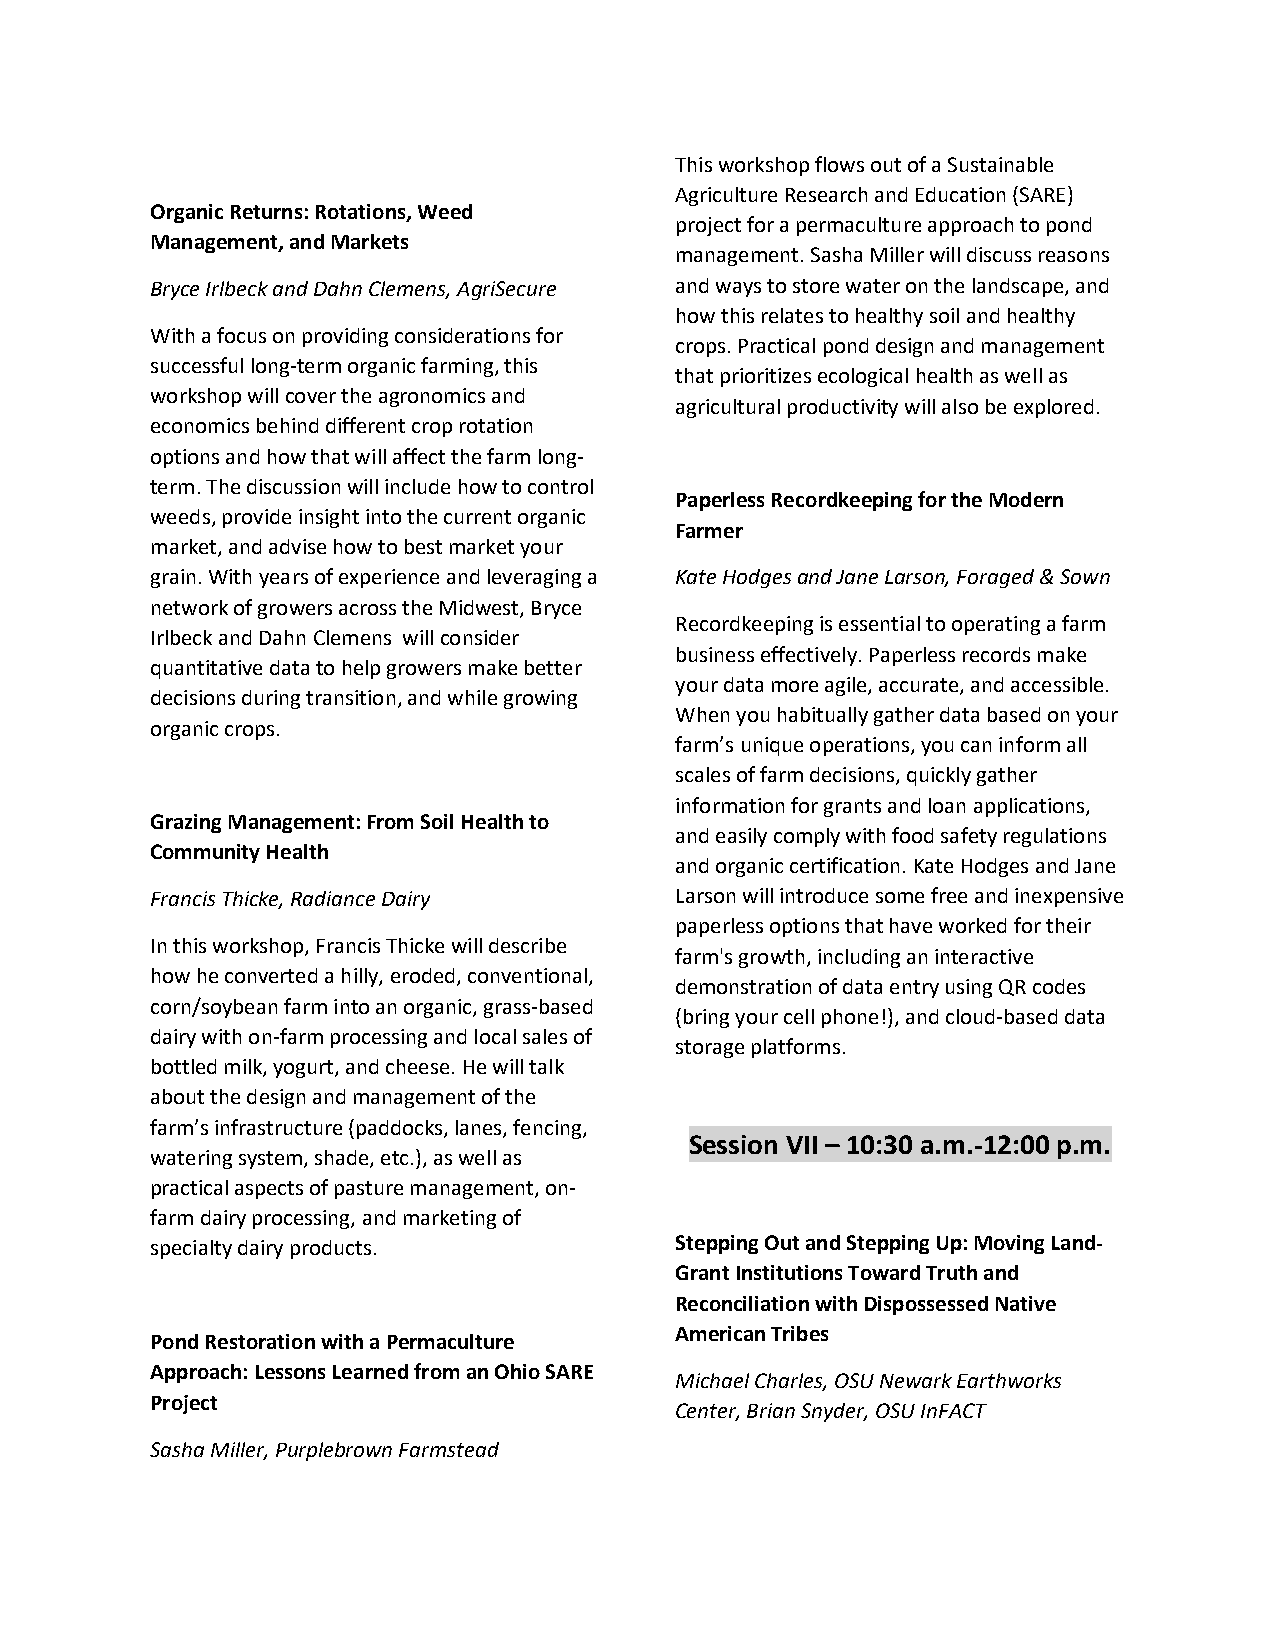
This workshop flows out of a Sustainable
 Agriculture Research and Education (SARE)
 Organic Returns: Rotations, Weed
 project for a permaculture approach to pond
 Management, and Markets
 management. Sasha Miller will discuss reasons
 Bryce Irlbeck and Dahn Clemens, AgriSecure and ways to store water on the landscape, and
 how this relates to healthy soil and healthy
 With a focus on providing considerations for
 crops. Practical pond design and management
 successful long-term organic farming, this
 that prioritizes ecological health as well as
 workshop will cover the agronomics and
 agricultural productivity will also be explored.
 economics behind different crop rotation
 options and how that will affect the farm long-
 term. The discussion will include how to control
 Paperless Recordkeeping for the Modern
 weeds, provide insight into the current organic
 Farmer
 market, and advise how to best market your
 grain. With years of experience and leveraging a Kate Hodges and Jane Larson, Foraged & Sown
 network of growers across the Midwest, Bryce
 Recordkeeping is essential to operating a farm
 Irlbeck and Dahn Clemens will consider
 business effectively. Paperless records make
 quantitative data to help growers make better
 your data more agile, accurate, and accessible.
 decisions during transition, and while growing
 When you habitually gather data based on your
 organic crops.
 farm’s unique operations, you can inform all
 scales of farm decisions, quickly gather
 information for grants and loan applications,
 Grazing Management: From Soil Health to
 and easily comply with food safety regulations
 Community Health
 and organic certification. Kate Hodges and Jane
 Francis Thicke, Radiance Dairy     Larson will introduce some free and inexpensive
 paperless options that have worked for their
 In this workshop, Francis Thicke will describe
 farm's growth, including an interactive
 how he converted a hilly, eroded, conventional,
 demonstration of data entry using QR codes
 corn/soybean farm into an organic, grass-based
 (bring your cell phone!), and cloud-based data
 dairy with on-farm processing and local sales of
 storage platforms.
 bottled milk, yogurt, and cheese. He will talk
 about the design and management of the
 farm’s infrastructure (paddocks, lanes, fencing,
 Session VII – 10:30 a.m.-12:00 p.m.
 watering system, shade, etc.), as well as
 practical aspects of pasture management, on-
 farm dairy processing, and marketing of
 specialty dairy products.          Stepping Out and Stepping Up: Moving Land-
 Grant Institutions Toward Truth and
 Reconciliation with Dispossessed Native
 American Tribes
 Pond Restoration with a Permaculture
 Approach: Lessons Learned from an Ohio SARE
 Michael Charles, OSU Newark Earthworks
 Project
 Center, Brian Snyder, OSU InFACT
 Sasha Miller, Purplebrown Farmstead